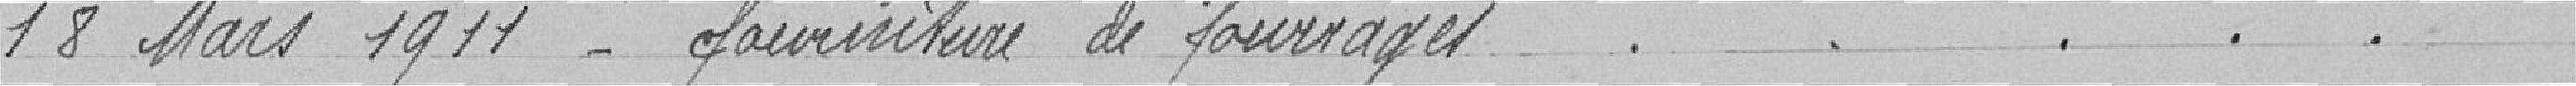
18 Mars 1911-fourniture de fourrages.... 86.75                                                                                    8